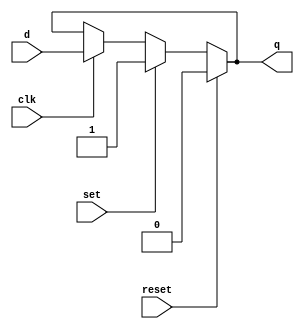
module latch_2(q,d,clk,set,reset);
output q;
input d,clk,set,reset;
assign q = reset ? 0 : (set ? 1 : (clk ? d : q));
endmodule